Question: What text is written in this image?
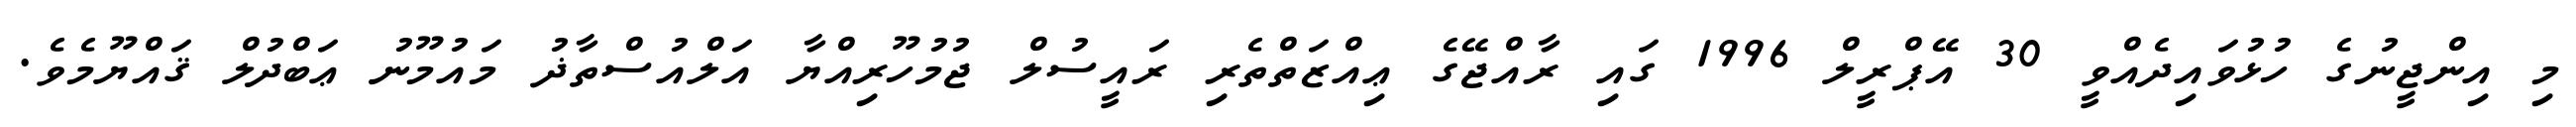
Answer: މި އިންޖީނުގެ ހުޅުވައިދެއްވީ 30 އޭޕްރީލް 1996 ގައި ރާއްޖޭގެ ޢިއްޒަތްތެރި ރައީސުލް ޖުމުހޫރިއްޔާ އަލްއުސްތާޛު މައުމޫނު ޢަބްދުލް ޤައްޔޫމެވެ.